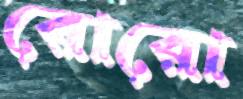
রোরো